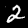
Digit: 2